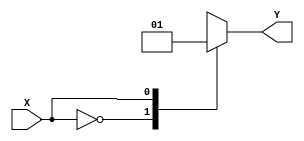
module case_statement (
  input wire X,
  output reg Y
);

always @(X)
begin
  case (X)
    2'b00: Y <= 1'b0;
    2'b01: Y <= 1'b1;
    2'b10: Y <= 1'b0;
    2'b11: Y <= 1'b1;
    default: Y <= 1'b0;
  endcase
end

endmodule